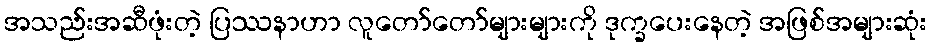
အသည်းအဆီဖုံးတဲ့ ပြဿနာဟာ လူတော်တော်များများကို ဒုက္ခပေးနေတဲ့ အဖြစ်အများဆုံး